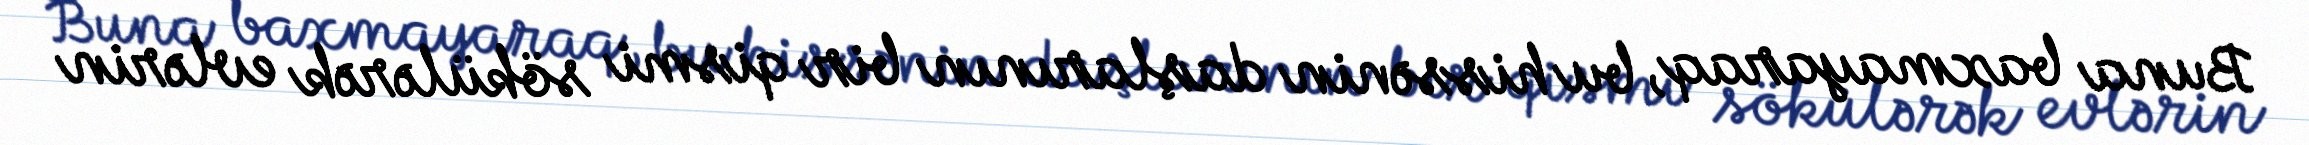
Buna baxmayaraq, bu hissənin daşlarının bir qismi sökülərək evlərin